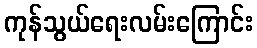
ကုန်သွယ်ရေးလမ်းကြောင်း